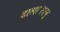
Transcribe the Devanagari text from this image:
डाला।सन्